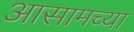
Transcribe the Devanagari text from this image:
अासामच्या